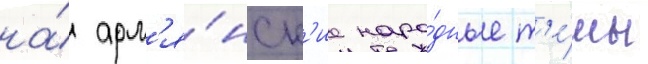
на́ арм'я́нск'ие наро́дные т'е́мы